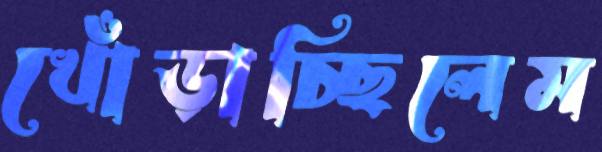
খোঁড়াচ্ছিলেম